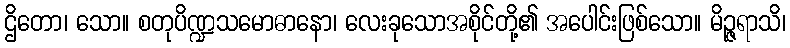
ဌိတော၊ သော။ စတုပိဏ္ဍသမောဓာနော၊ လေးခုသောအစိုင်တို့၏ အပေါင်းဖြစ်သော။ မိဉ္ဇရာသိ၊